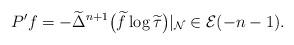
LaTeX: \begin{gather*}P^\prime f=-\widetilde\Delta^{n+1}\big(\widetilde f\log\widetilde\tau\big)|_\mathcal{N}\in\mathcal{E}(-n-1).\end{gather*}